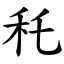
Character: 秅